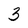
Character: 3